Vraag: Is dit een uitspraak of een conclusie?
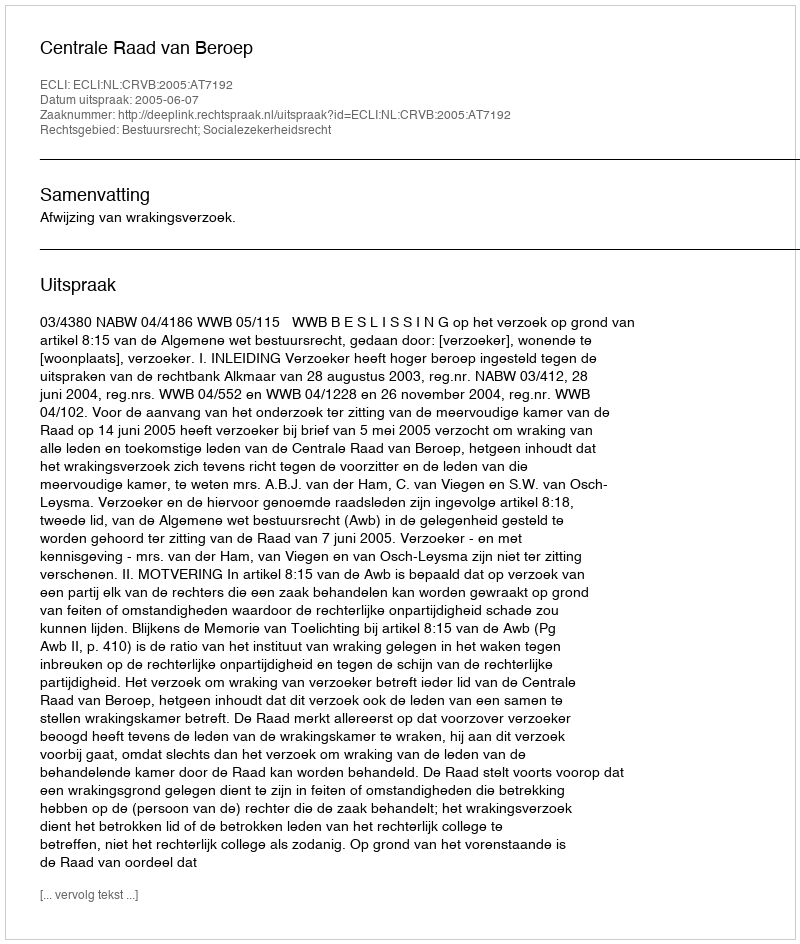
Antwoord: Uitspraak